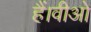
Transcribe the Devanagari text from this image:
हैं।वीओ